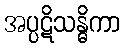
အပ္ပဋိသန္ဓိကာ